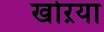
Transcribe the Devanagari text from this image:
खोऱया